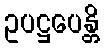
ဥပဋ္ဌပေန္တိ